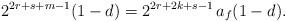
LaTeX: \begin{align*}2^{2r+s+m-1}(1-d) = 2^{2r+2k+s-1}\,a_f (1-d).\end{align*}